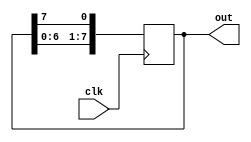
module RingCounter(
    input wire clk,
    output reg [7:0] out
);

reg [7:0] reg_arr;

always @(posedge clk) begin
    reg_arr <= {reg_arr[6:0], reg_arr[7]};
end

assign out = reg_arr;

endmodule